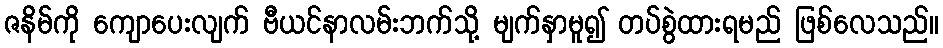
ဇနိမ်ကို ကျောပေးလျက် ဗီယင်နာလမ်းဘက်သို့ မျက်နှာမူ၍ တပ်စွဲထားရမည် ဖြစ်လေသည်။